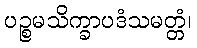
ပဉ္စမသိက္ခာပဒံသမတ္တံ၊